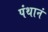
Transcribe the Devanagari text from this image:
पंथानं